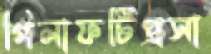
গিলাফটিপ্রসা